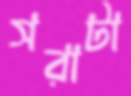
সরাটা